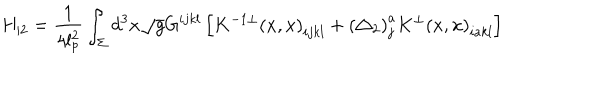
H _ { | 2 } = \frac 1 { 4 l _ { p } ^ { 2 } } \int _ { \Sigma } d ^ { 3 } x \sqrt { g } G ^ { i j k l } \left[ K ^ { - 1 \bot } \left( x , x \right) _ { i j k l } + \left( \triangle _ { 2 } \right) _ { j } ^ { a } K ^ { \bot } \left( x , x \right) _ { i a k l } \right]